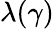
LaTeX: \lambda(\gamma)